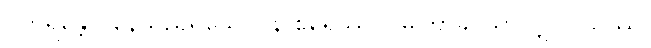
ဝိဟရန္တော၊ နေသည်ရှိသော်။ န စိရေဿဝ၊ မကြာခင်သာလျှင်။ ယဿ၊